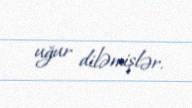
uğur diləmişlər.